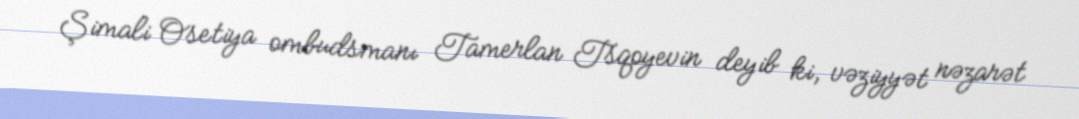
Şimali Osetiya ombudsmanı Tamerlan Tsqoyevin deyib ki, vəziyyət nəzarət